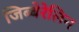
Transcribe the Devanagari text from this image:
जिब्बेरेलिन